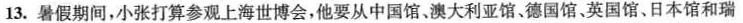
13.暑假期间，小张打算参观上海世博会，他要从中国馆、澳大利亚馆、德国馆、英国馆、日本馆和瑞